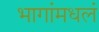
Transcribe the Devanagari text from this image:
भागांमधलं